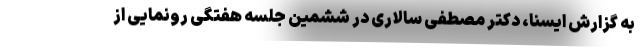
به گزارش ایسنا، دکتر مصطفی سالاری در ششمین جلسه هفتگی رونمایی از